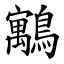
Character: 䴁